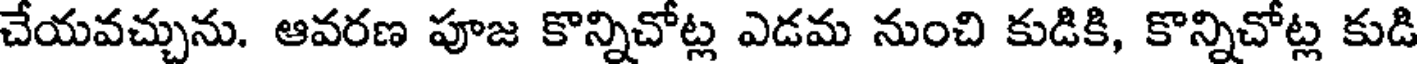
చేయవచ్చును. ఆవరణ పూజ కొన్నిచోట్ల ఎడమ నుంచి కుడికి, కొన్నిచోట్ల కుడి